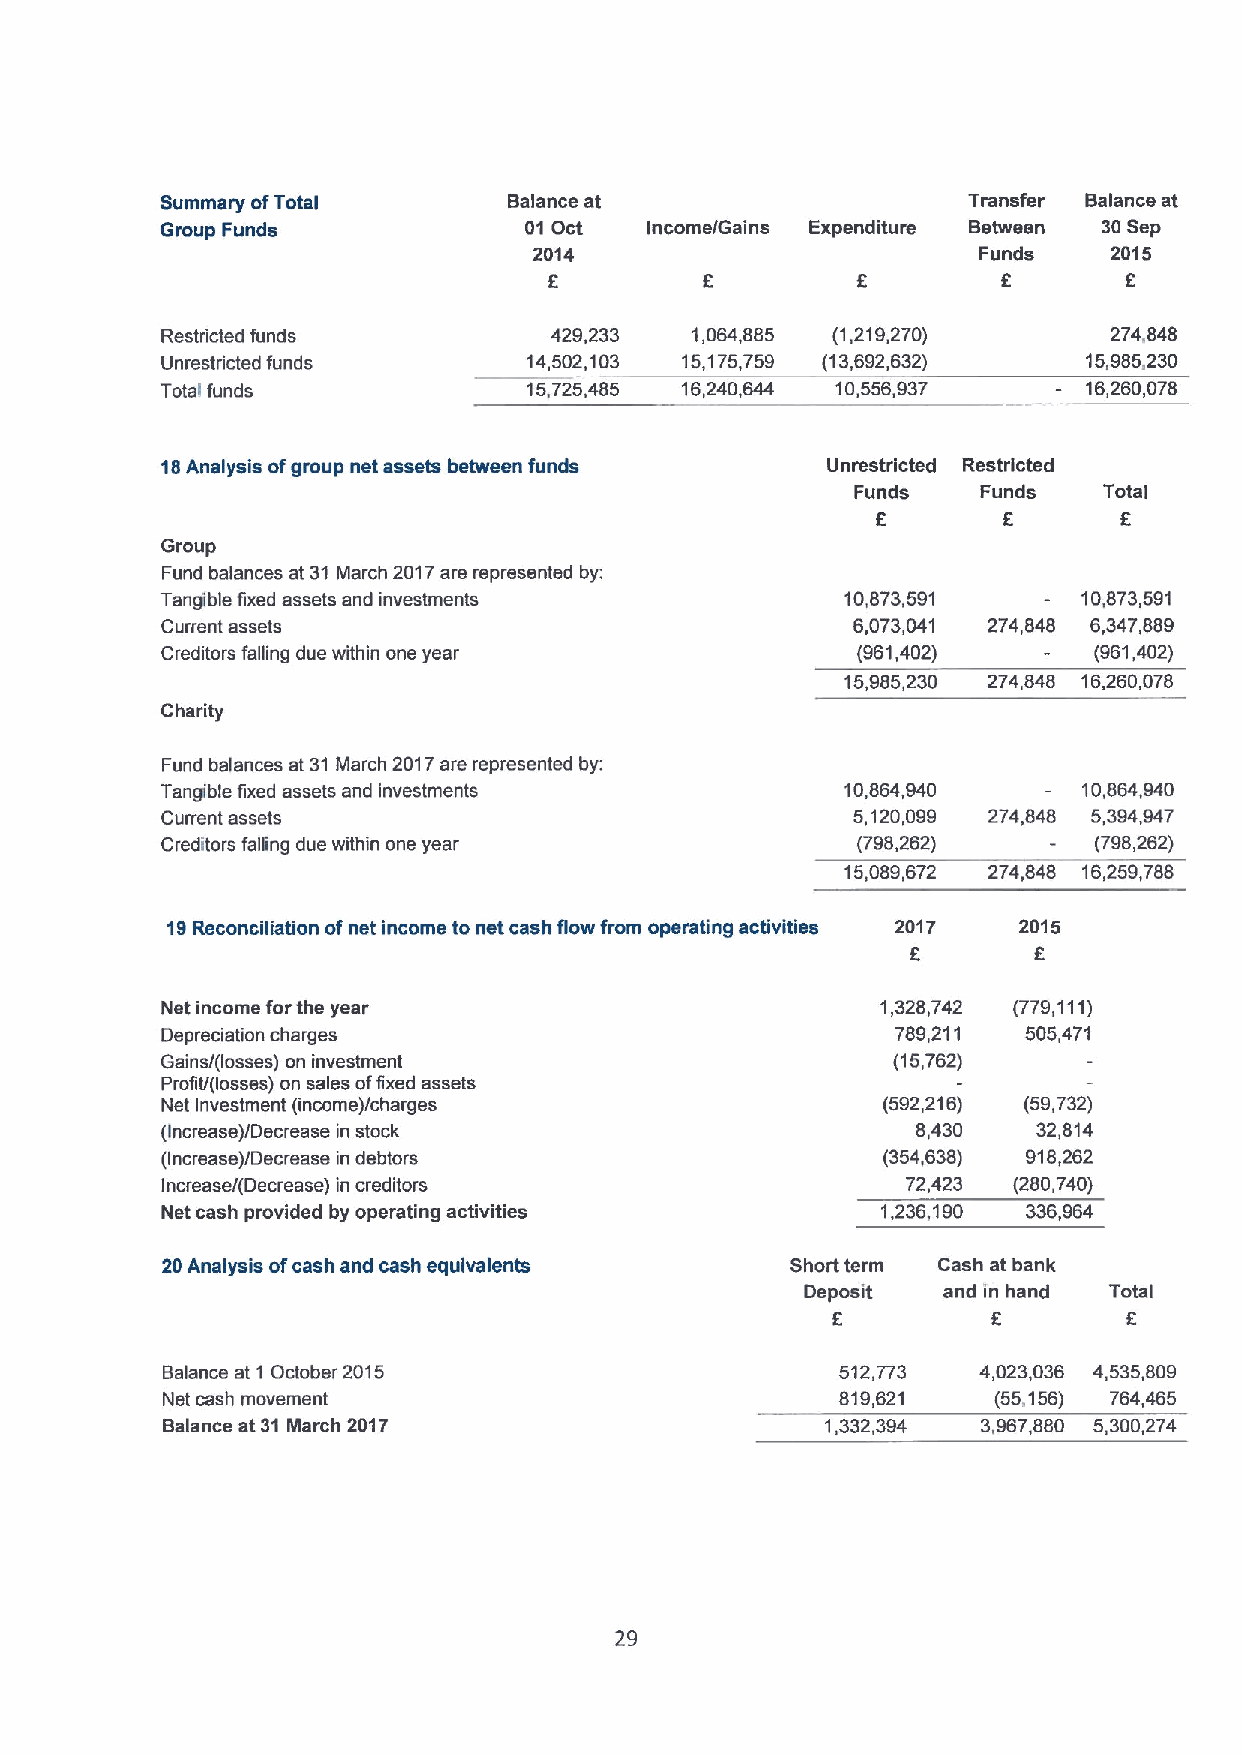
Summary ofTotal        Balance at                    Transfer Balance at
 Group Funds             01Oct   Income/Gains Expenditure Between 30Sep
 2014                          Funds    2015
 E                             E        E
 Restdicted funds         429,233   1,064,885 (1,219,270)       274,848
 Unrestricted funds      14,502,103 15,175,759 (13,692,632)   15,985,230
 Total funds             15,725,485 16,240,644 10,556,937     16,260,078
 18Analysis ofgroup net assets between funds Unrestricted Restricted
 Funds   Funds   Total
 E       E
 Group
 Fund balances at 31March 2017are represented by:
 Tangible fixed assets and investments        10,873,591      10,873,591
 Current assets                                6,073,041 274,848 6,347,889
 Creditors falling due within one year         (961,402)      (961,402)
 15,985,230 274,848 16,260,078
 Charity
 Fund balances at 31 March 2017are represented by:
 Tangible fixed assets and investments        10,864,940      10,864,940
 Current assets                                5,120,099 274,848 5,394,947
 Creditors falling due within one year         (798,262)      (798,262)
 15,089,672 274,848 16,259,788
 19Reconciliation ofnet income to net cash flow from operating activities 2017 2015
 E       E
 Net income forthe year                         1,328,742 (779,111)
 Depreciation charges                            789,211  505,471
 Gains/(losses) on investment                    (15,762)
 Profit/(losses) on sales offixed assets
 Net Investment (income)/charges                (592,216) (59,732)
 (Increase)/Decrease in stock                      8,430   32,814
 (Increase)/Decrease in debtors                 (354,638) 918,262
 Increase/(Decrease) in creditors                 72,423 (280,740)
 Net cash provided by operating activities      1,236,190 336,964
 20Analysis ofcash and cash equivalents   Short term Cash at bank
 Deposit  and in hand Total
 E          E        E
 Balance at 1 October 2015                    512,773  4,023,036 4,535,809
 Net cash movement                            819,621   (55,156) 764,465
 Balance at 31 March 2017                    1,332,394 3,967,880 5,300,274
 29